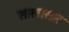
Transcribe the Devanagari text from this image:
सालासार